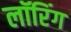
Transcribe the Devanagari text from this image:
लॉरिंग